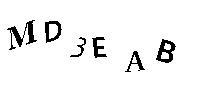
MD3EAB